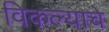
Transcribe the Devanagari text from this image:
विकल्याचे